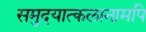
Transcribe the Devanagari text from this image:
समुदयात्कलानामपि